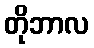
တိုဘာလ